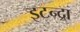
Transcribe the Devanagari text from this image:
इटन्द्रा